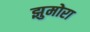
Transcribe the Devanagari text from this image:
झुमोरा